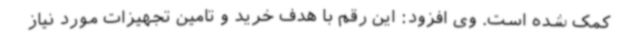
کمک شده است. وی افزود: این رقم با هدف خرید و تامین تجهیزات مورد نیاز